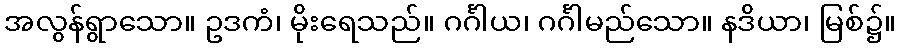
အလွန်ရွာသော။ ဥဒကံ၊ မိုးရေသည်။ ဂင်္ဂါယ၊ ဂင်္ဂါမည်သော။ နဒိယာ၊ မြစ်၌။